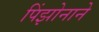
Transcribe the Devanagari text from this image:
पिंझोनाने